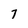
Character: 7